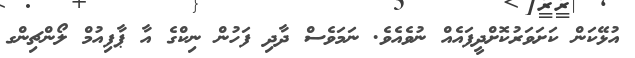
އުޅޭކަން ކަށަވަރުކޮށްދީފައެއް ނުވެއެވެ. ނަމަވެސް ދާދި ފަހުން ނިކްގެ އާ ޕާފިއުމް ލޯންޗިންގ